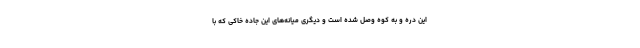
این دره و به کوه وصل شده است و دیگری میانه‌های این جاده خاکی که با